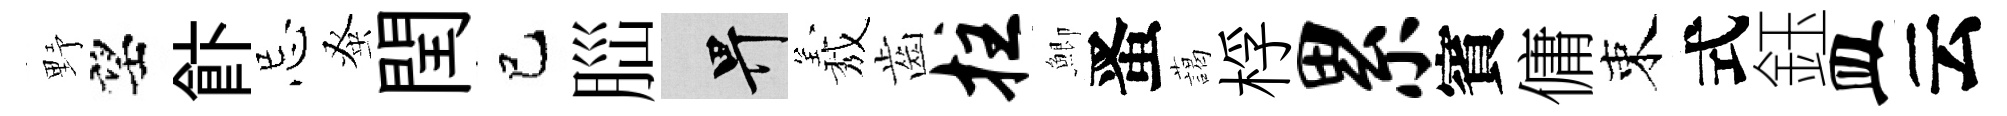
野望飰忌𫊫閏巳𦛁畀𦏁齒拄鯽󱉠藹桴累賓傭束式鈺皿云